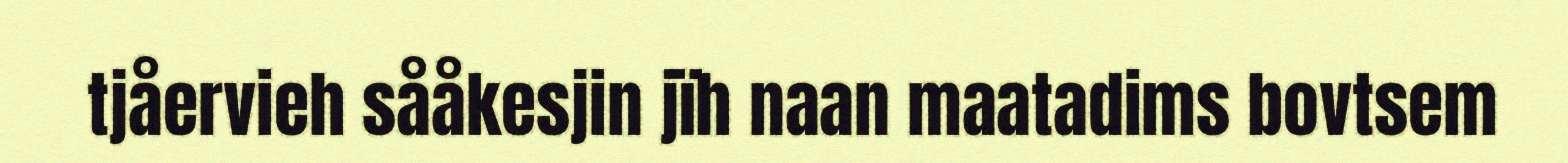
tjåervieh sååkesjin jïh naan maatadims bovtsem